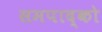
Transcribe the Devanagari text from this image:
समपाद्को